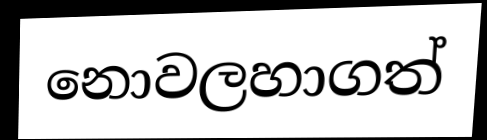
නොවලහාගත්